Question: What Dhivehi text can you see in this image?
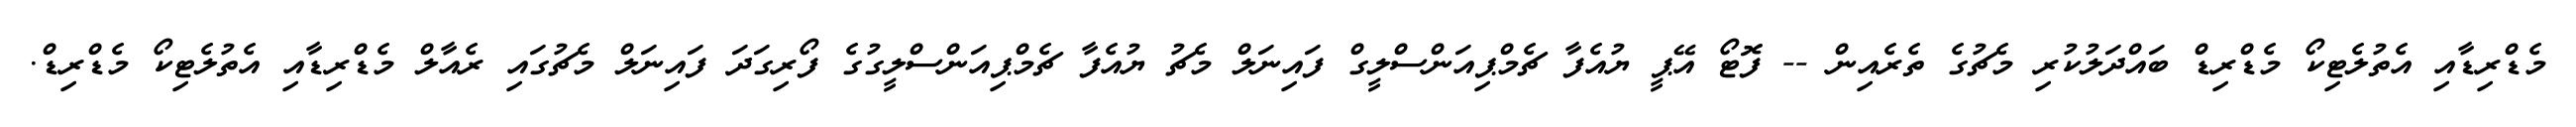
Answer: މެޑްރިޑާއި އެތުލެޓިކޯ މެޑްރިޑް ބައްދަލުކުރި މެޗުގެ ތެރެއިން -- ފޮޓޯ އޭޕީ ޔުއެފާ ޗެމްޕިއަންސްލީގް ފައިނަލް މެޗު ޔުއެފާ ޗެމްޕިއަންސްލީގުގެ ފޯރިގަދަ ފައިނަލް މެޗުގައި ރެއާލް މެޑްރިޑާއި އެތުލެޓިކޯ މެޑްރިޑް.